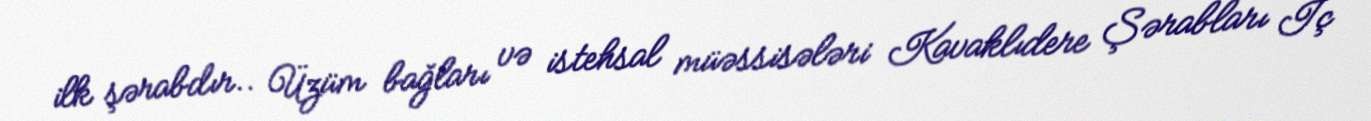
ilk şərabdır.. Üzüm bağları və istehsal müəssisələri Kavaklıdere Şərabları İç